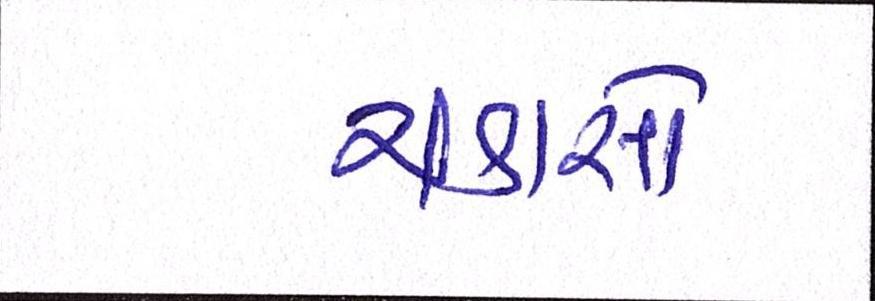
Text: ચકાસો